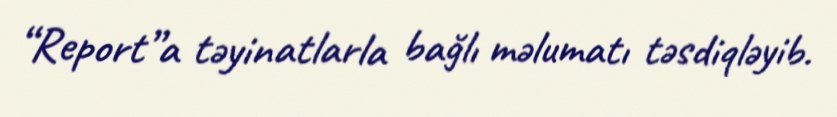
“Report”a təyinatlarla bağlı məlumatı təsdiqləyib.